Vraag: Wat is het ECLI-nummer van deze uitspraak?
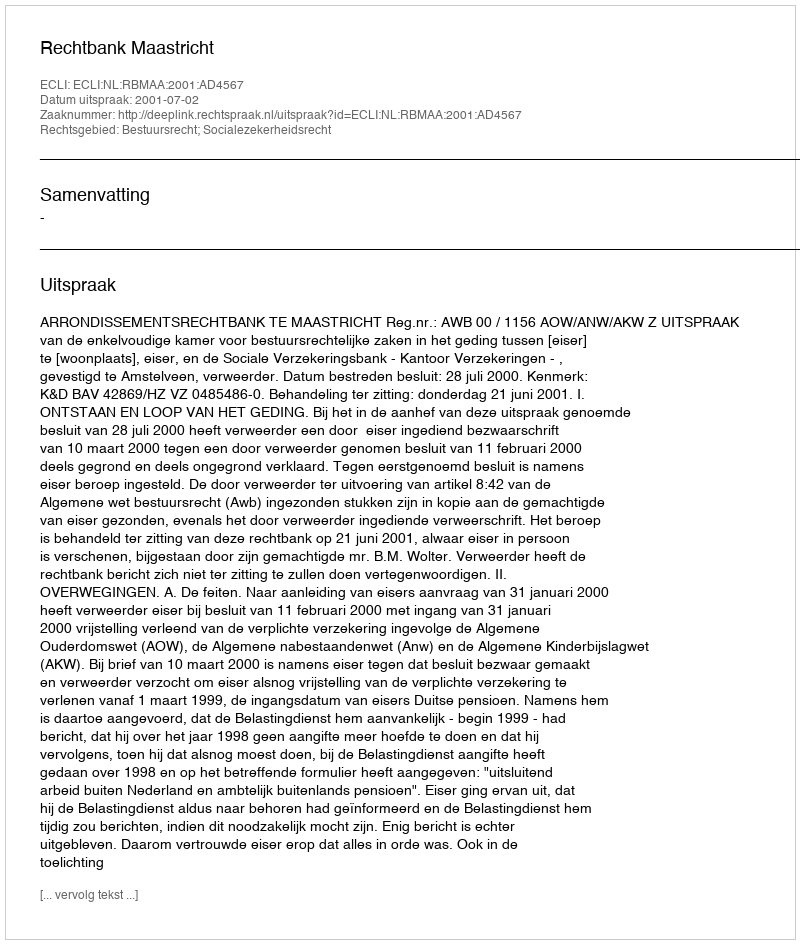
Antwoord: ECLI:NL:RBMAA:2001:AD4567